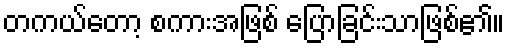
တကယ်တော့ စကားအဖြစ် ပြောခြင်းသာဖြစ်၏။